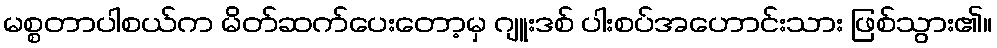
မစ္စတာပါစယ်က မိတ်ဆက်ပေးတော့မှ ဂျူးဒစ် ပါးစပ်အဟောင်းသား ဖြစ်သွား၏။